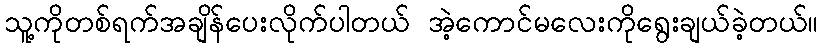
သူ့ကိုတစ်ရက်အချိန်ပေးလိုက်ပါတယ် အဲ့ကောင်မလေးကိုရွေးချယ်ခဲ့တယ်။